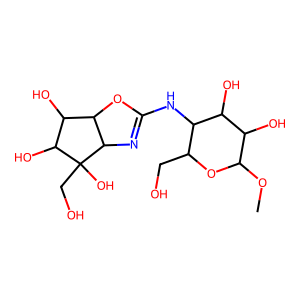
SMILES: COC1OC(CO)C(NC2=NC3C(O2)C(O)C(O)C3(O)CO)C(O)C1O
Inhibits HIV replication: No